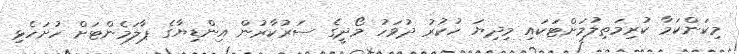
މިކަންކަމާ ކުރިމަތިލުމަށްޓަކައި މިދިޔަ ހުކުރު ދުވަހު މޯދީގެ ސަރުކާރުން އިންޑިޔާގެ ޕާލަމެންޓަށް ހުށަހެޅި